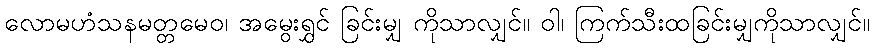
လောမဟံသနမတ္တမေဝ၊ အမွေးရွှင် ခြင်းမျှ ကိုသာလျှင်။ ဝါ၊ ကြက်သီးထခြင်းမျှကိုသာလျှင်။